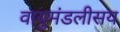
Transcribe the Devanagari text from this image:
वायुमंडलीसय